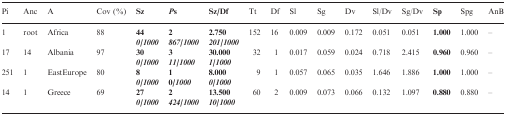
<table><thead><tr><td><b>Pi</b></td><td><b>Anc</b></td><td><b>A</b></td><td><b>Cov (%)</b></td><td><b>Sz</b></td><td><b><i>P</i>s</b></td><td><b>Sz/Df</b></td><td><b>Tt</b></td><td><b>Df</b></td><td><b>Sl</b></td><td><b>Sg</b></td><td><b>Dv</b></td><td><b>Sl/Dv</b></td><td><b>Sg/Dv</b></td><td><b>Sp</b></td><td><b>Spg</b></td><td><b>AnB</b></td></tr></thead><tbody><tr><td rowspan="2">1</td><td rowspan="2">root</td><td rowspan="2">Africa</td><td rowspan="2">88</td><td><b>44</b></td><td><b>2</b></td><td><b>2.750</b></td><td rowspan="2">152</td><td rowspan="2">16</td><td rowspan="2">0.009</td><td rowspan="2">0.009</td><td rowspan="2">0.172</td><td rowspan="2">0.051</td><td rowspan="2">0.051</td><td rowspan="2"><b>1.000</b></td><td rowspan="2">1.000</td><td rowspan="2">–</td></tr><tr><td><b><i>0/1000</i></b></td><td><b><i>867/1000</i></b></td><td><b><i>201/1000</i></b></td></tr><tr><td rowspan="2">17</td><td rowspan="2">14</td><td rowspan="2">Albania</td><td rowspan="2">97</td><td><b>30</b></td><td><b>3</b></td><td><b>30.000</b></td><td rowspan="2">32</td><td rowspan="2">1</td><td rowspan="2">0.017</td><td rowspan="2">0.059</td><td rowspan="2">0.024</td><td rowspan="2">0.718</td><td rowspan="2">2.415</td><td rowspan="2"><b>0.960</b></td><td rowspan="2">0.960</td><td rowspan="2">–</td></tr><tr><td><b><i>0/1000</i></b></td><td><b><i>11/1000</i></b></td><td><b><i>1/1000</i></b></td></tr><tr><td rowspan="2">251</td><td rowspan="2">1</td><td rowspan="2">EastEurope</td><td rowspan="2">80</td><td><b>8</b></td><td><b>1</b></td><td><b>8.000</b></td><td rowspan="2">9</td><td rowspan="2">1</td><td rowspan="2">0.057</td><td rowspan="2">0.065</td><td rowspan="2">0.035</td><td rowspan="2">1.646</td><td rowspan="2">1.886</td><td rowspan="2"><b>1.000</b></td><td rowspan="2">1.000</td><td rowspan="2">–</td></tr><tr><td><b><i>0/1000</i></b></td><td><b>0<i>/1000</i></b></td><td><b><i>0/1000</i></b></td></tr><tr><td rowspan="2">14</td><td rowspan="2">1</td><td rowspan="2">Greece</td><td rowspan="2">69</td><td><b>27</b></td><td><b>2</b></td><td><b>13.500</b></td><td rowspan="2">60</td><td rowspan="2">2</td><td rowspan="2">0.009</td><td rowspan="2">0.073</td><td rowspan="2">0.066</td><td rowspan="2">0.132</td><td rowspan="2">1.097</td><td rowspan="2"><b>0.880</b></td><td rowspan="2">0.880</td><td rowspan="2">–</td></tr><tr><td><b><i>0/1000</i></b></td><td><b><i>424/1000</i></b></td><td><b><i>10/1000</i></b></td></tr></tbody></table>